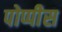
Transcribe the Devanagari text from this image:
पोप्पीेस